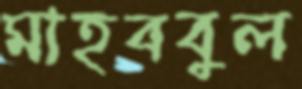
মাহববুল